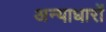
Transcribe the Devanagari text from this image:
अन्याधारों